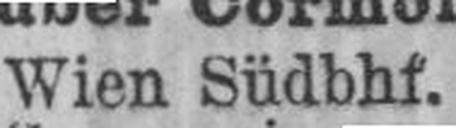
Wien Südbhf.